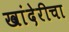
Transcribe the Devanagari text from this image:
खांदेरीचा